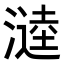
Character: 𭲗